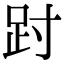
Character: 𫏀